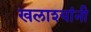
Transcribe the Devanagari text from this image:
खलाश्यांनी